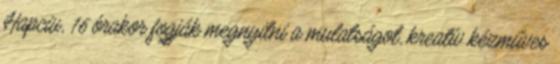
Hapciu, 16 órakor fogják megnyitni a mulatságot, kreatív kézműves